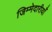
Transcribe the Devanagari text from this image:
जिम्मेदारीयाँ